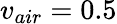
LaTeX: v_{air}=0.5